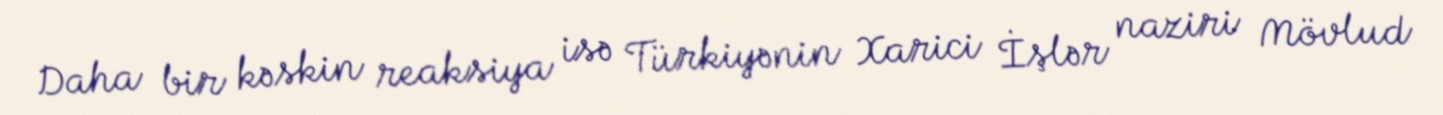
Daha bir kəskin reaksiya isə Türkiyənin Xarici İşlər naziri Mövlud